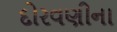
દોરવણીના